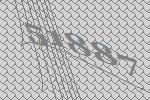
51887